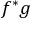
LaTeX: f ^ { \ast } g